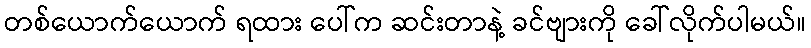
တစ်ယောက်ယောက် ရထား ပေါ်က ဆင်းတာနဲ့ ခင်ဗျားကို ခေါ်လိုက်ပါမယ်။